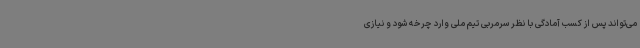
می‌تواند پس از کسب آمادگی با نظر سرمربی تیم ملی وارد چرخه شود و نیازی